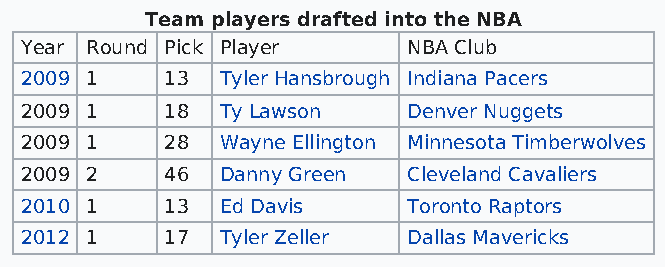
Team players drafted into the NBA
 Year Round Pick Player    NBA Club
 2009 1    13  Tyler Hansbrough Indiana Pacers
 2009 1    18  Ty Lawson   Denver Nuggets
 2009 1    28  Wayne Ellington Minnesota Timberwolves
 2009 2    46  Danny Green Cleveland Cavaliers
 2010 1    13  Ed Davis    Toronto Raptors
 2012 1    17  Tyler Zeller Dallas Mavericks